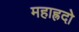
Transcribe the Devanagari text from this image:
महाह्रदो